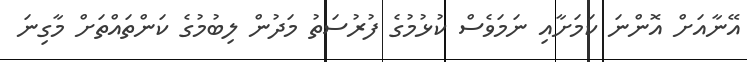
އޭނާއަށް އޮންނަ ކަމަށާއި ނަމަވެސް ކުޅުމުގެ ފުރުސަތު މަދުން ލިބުމުގެ ކަންތައްތަށް މާގިނަ